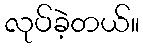
လုပ်ခဲ့တယ်။